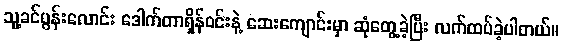
သူ့ခင်ပွန်းလောင်း ဒေါက်တာရှိန်ဝင်းနဲ့ ဆေးကျောင်းမှာ ဆုံတွေ့ခဲ့ပြီး လက်ထပ်ခဲ့ပါတယ်။